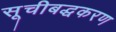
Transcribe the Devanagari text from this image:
सूचीबद्धकरण